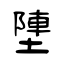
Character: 塦